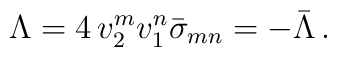
\Lambda = 4\,v_2^m v_1^n \bar\sigma_{mn} = -\bar\Lambda\, .